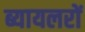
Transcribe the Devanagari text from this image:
ब्यायलरों